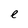
Character: e